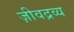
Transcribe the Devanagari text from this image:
ज़ीवद्रव्य